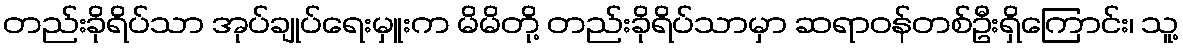
တည်းခိုရိပ်သာ အုပ်ချုပ်ရေးမှူးက မိမိတို့ တည်းခိုရိပ်သာမှာ ဆရာဝန်တစ်ဦးရှိကြောင်း၊ သူ့